Trukikaitis_Postimees, lk 135
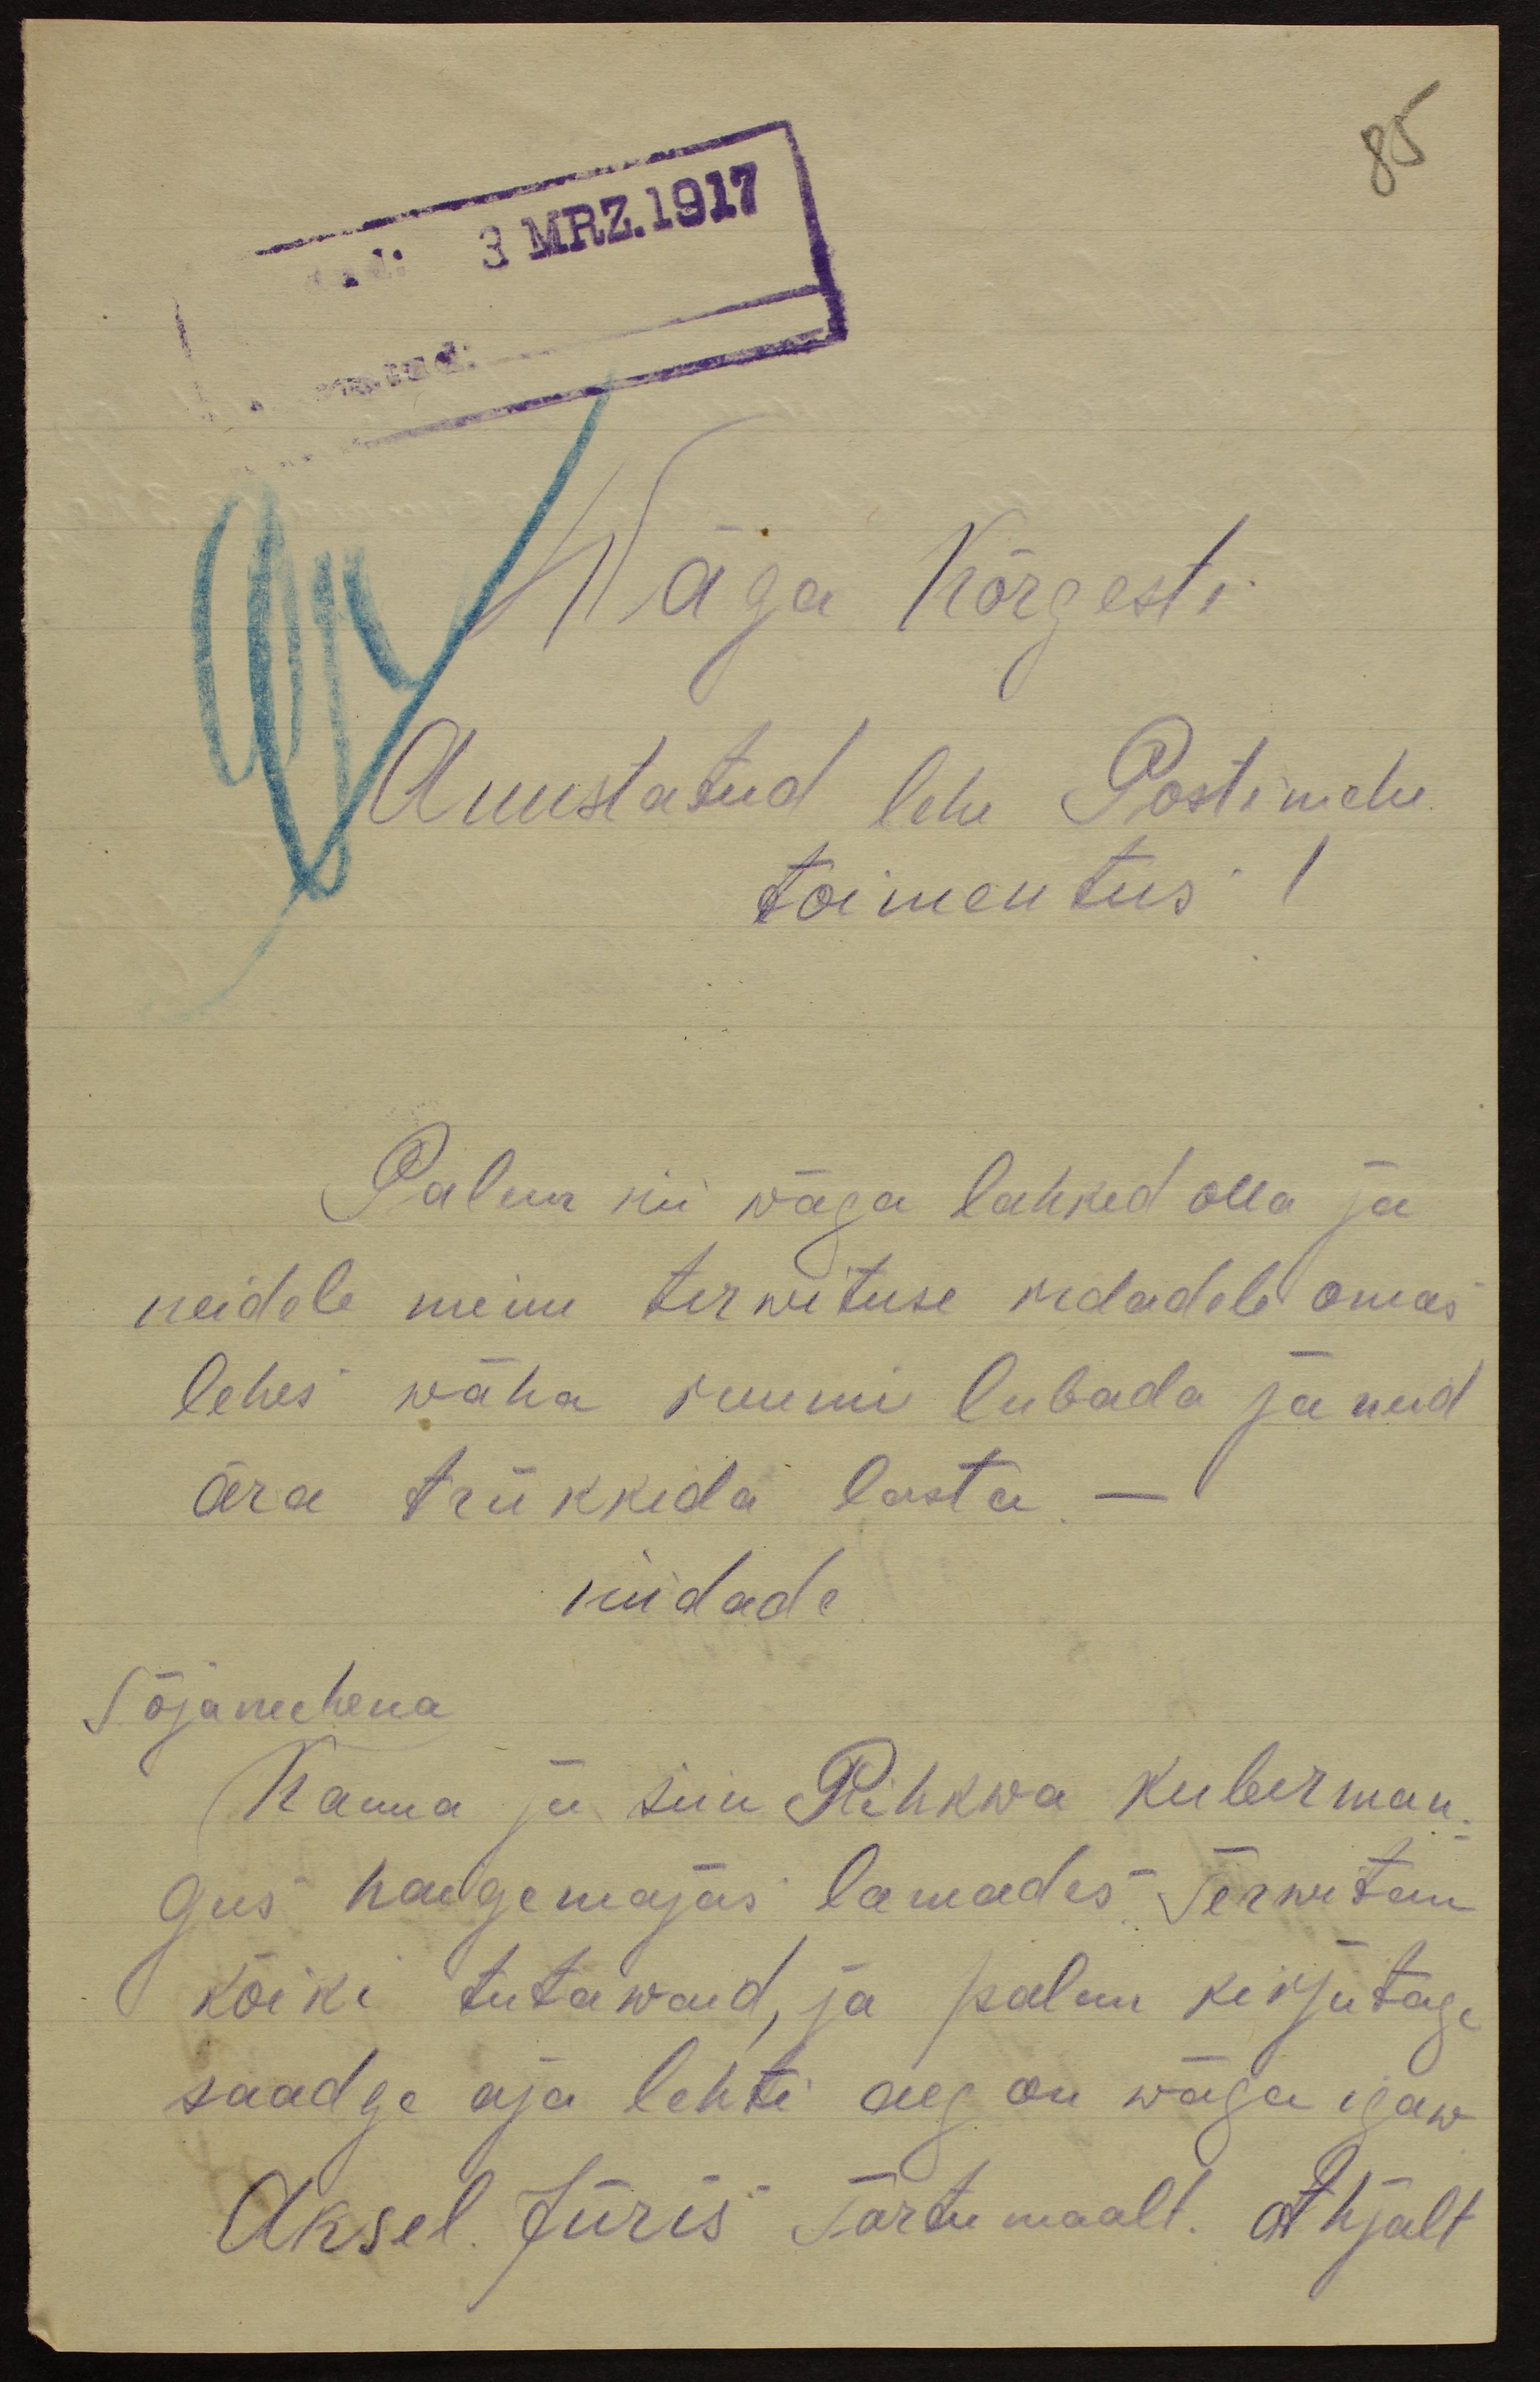
85
3 MRZ.1917
Wäga Kõrgesti
Auustatud lehe Postimehe
toimetus!
Palun nii väga lahked olla ja
neidele minu terwituse ridadele omas
lehes wäha ruumi lubada ja neid
ära trükkida lasta -
küdade
Sõjamehena
Kauua ju siin Pihkwa kuberman-
gus haigemajas lamades Terwitan
kõiki tutawaid, ja palun kirjutage
saadge aja lehti aeg on wäga igaw
Aksel Jüris Tartu maalt. Ahjalt